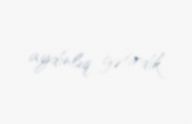
aydınlıq gətirdik.